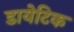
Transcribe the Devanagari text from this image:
डायेटिक